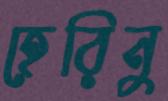
হেরিনু